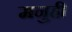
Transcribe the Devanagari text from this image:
मनुही